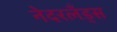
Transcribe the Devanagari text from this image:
नेदरलँड्‌स